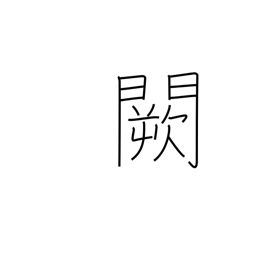
Meaning: imperial palace